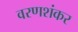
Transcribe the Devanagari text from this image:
वरणशंकर